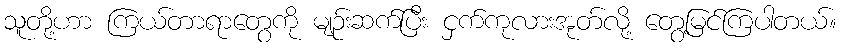
သူတို့ဟာ ကြယ်တာရာတွေကို မျဉ်းဆက်ပြီး ငှက်ကုလားအုတ်လို့ တွေ့မြင်ကြပါတယ်။